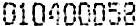
010400058